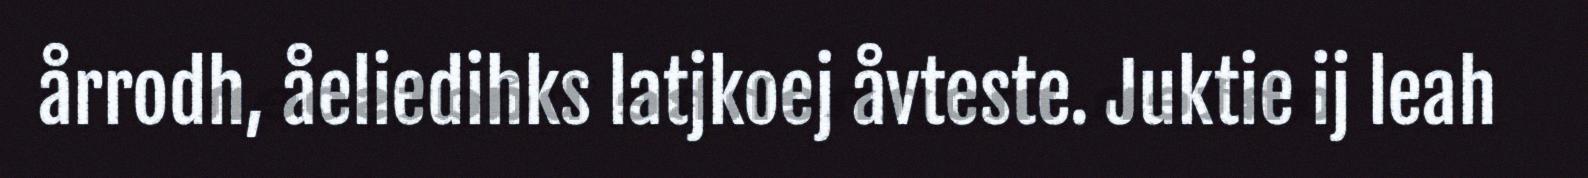
årrodh, åeliedihks latjkoej åvteste. Juktie ij leah